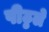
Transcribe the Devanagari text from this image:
पीठ्ठले